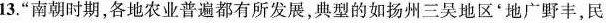
13.”南朝时期，各地农业普遍都有所发展，典型的如扬州三吴地区'地广